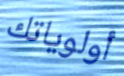
أولوياتك